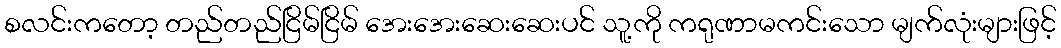
စလင်းကတော့ တည်တည်ငြိမ်ငြိမ် အေးအေးဆေးဆေးပင် သူ့ကို ကရုဏာမကင်းသော မျက်လုံးများဖြင့်